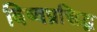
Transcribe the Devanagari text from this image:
विष्वप्रसिद्ध